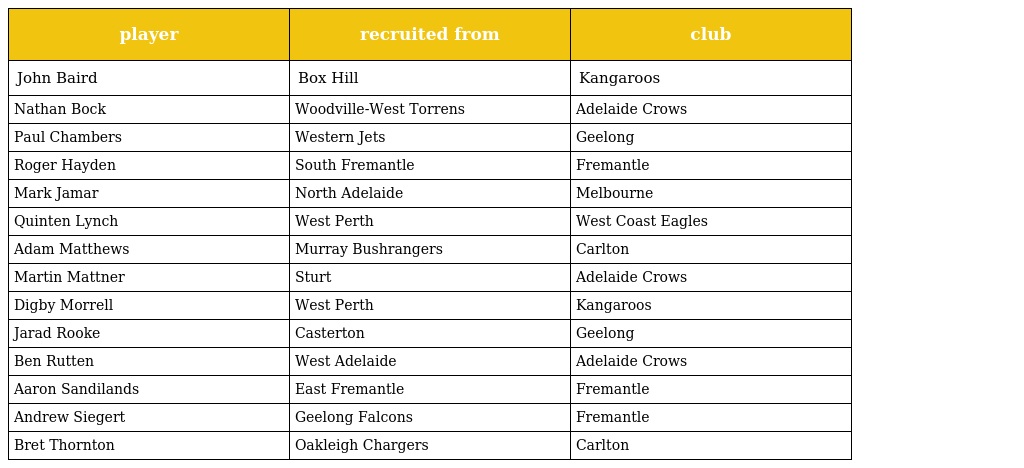
| player | recruited from | club |
 | --- | --- | --- |
 | John Baird | Box Hill | Kangaroos |
 | Nathan Bock | Woodville-West Torrens | Adelaide Crows |
 | Paul Chambers | Western Jets | Geelong |
 | Roger Hayden | South Fremantle | Fremantle |
 | Mark Jamar | North Adelaide | Melbourne |
 | Quinten Lynch | West Perth | West Coast Eagles |
 | Adam Matthews | Murray Bushrangers | Carlton |
 | Martin Mattner | Sturt | Adelaide Crows |
 | Digby Morrell | West Perth | Kangaroos |
 | Jarad Rooke | Casterton | Geelong |
 | Ben Rutten | West Adelaide | Adelaide Crows |
 | Aaron Sandilands | East Fremantle | Fremantle |
 | Andrew Siegert | Geelong Falcons | Fremantle |
 | Bret Thornton | Oakleigh Chargers | Carlton |